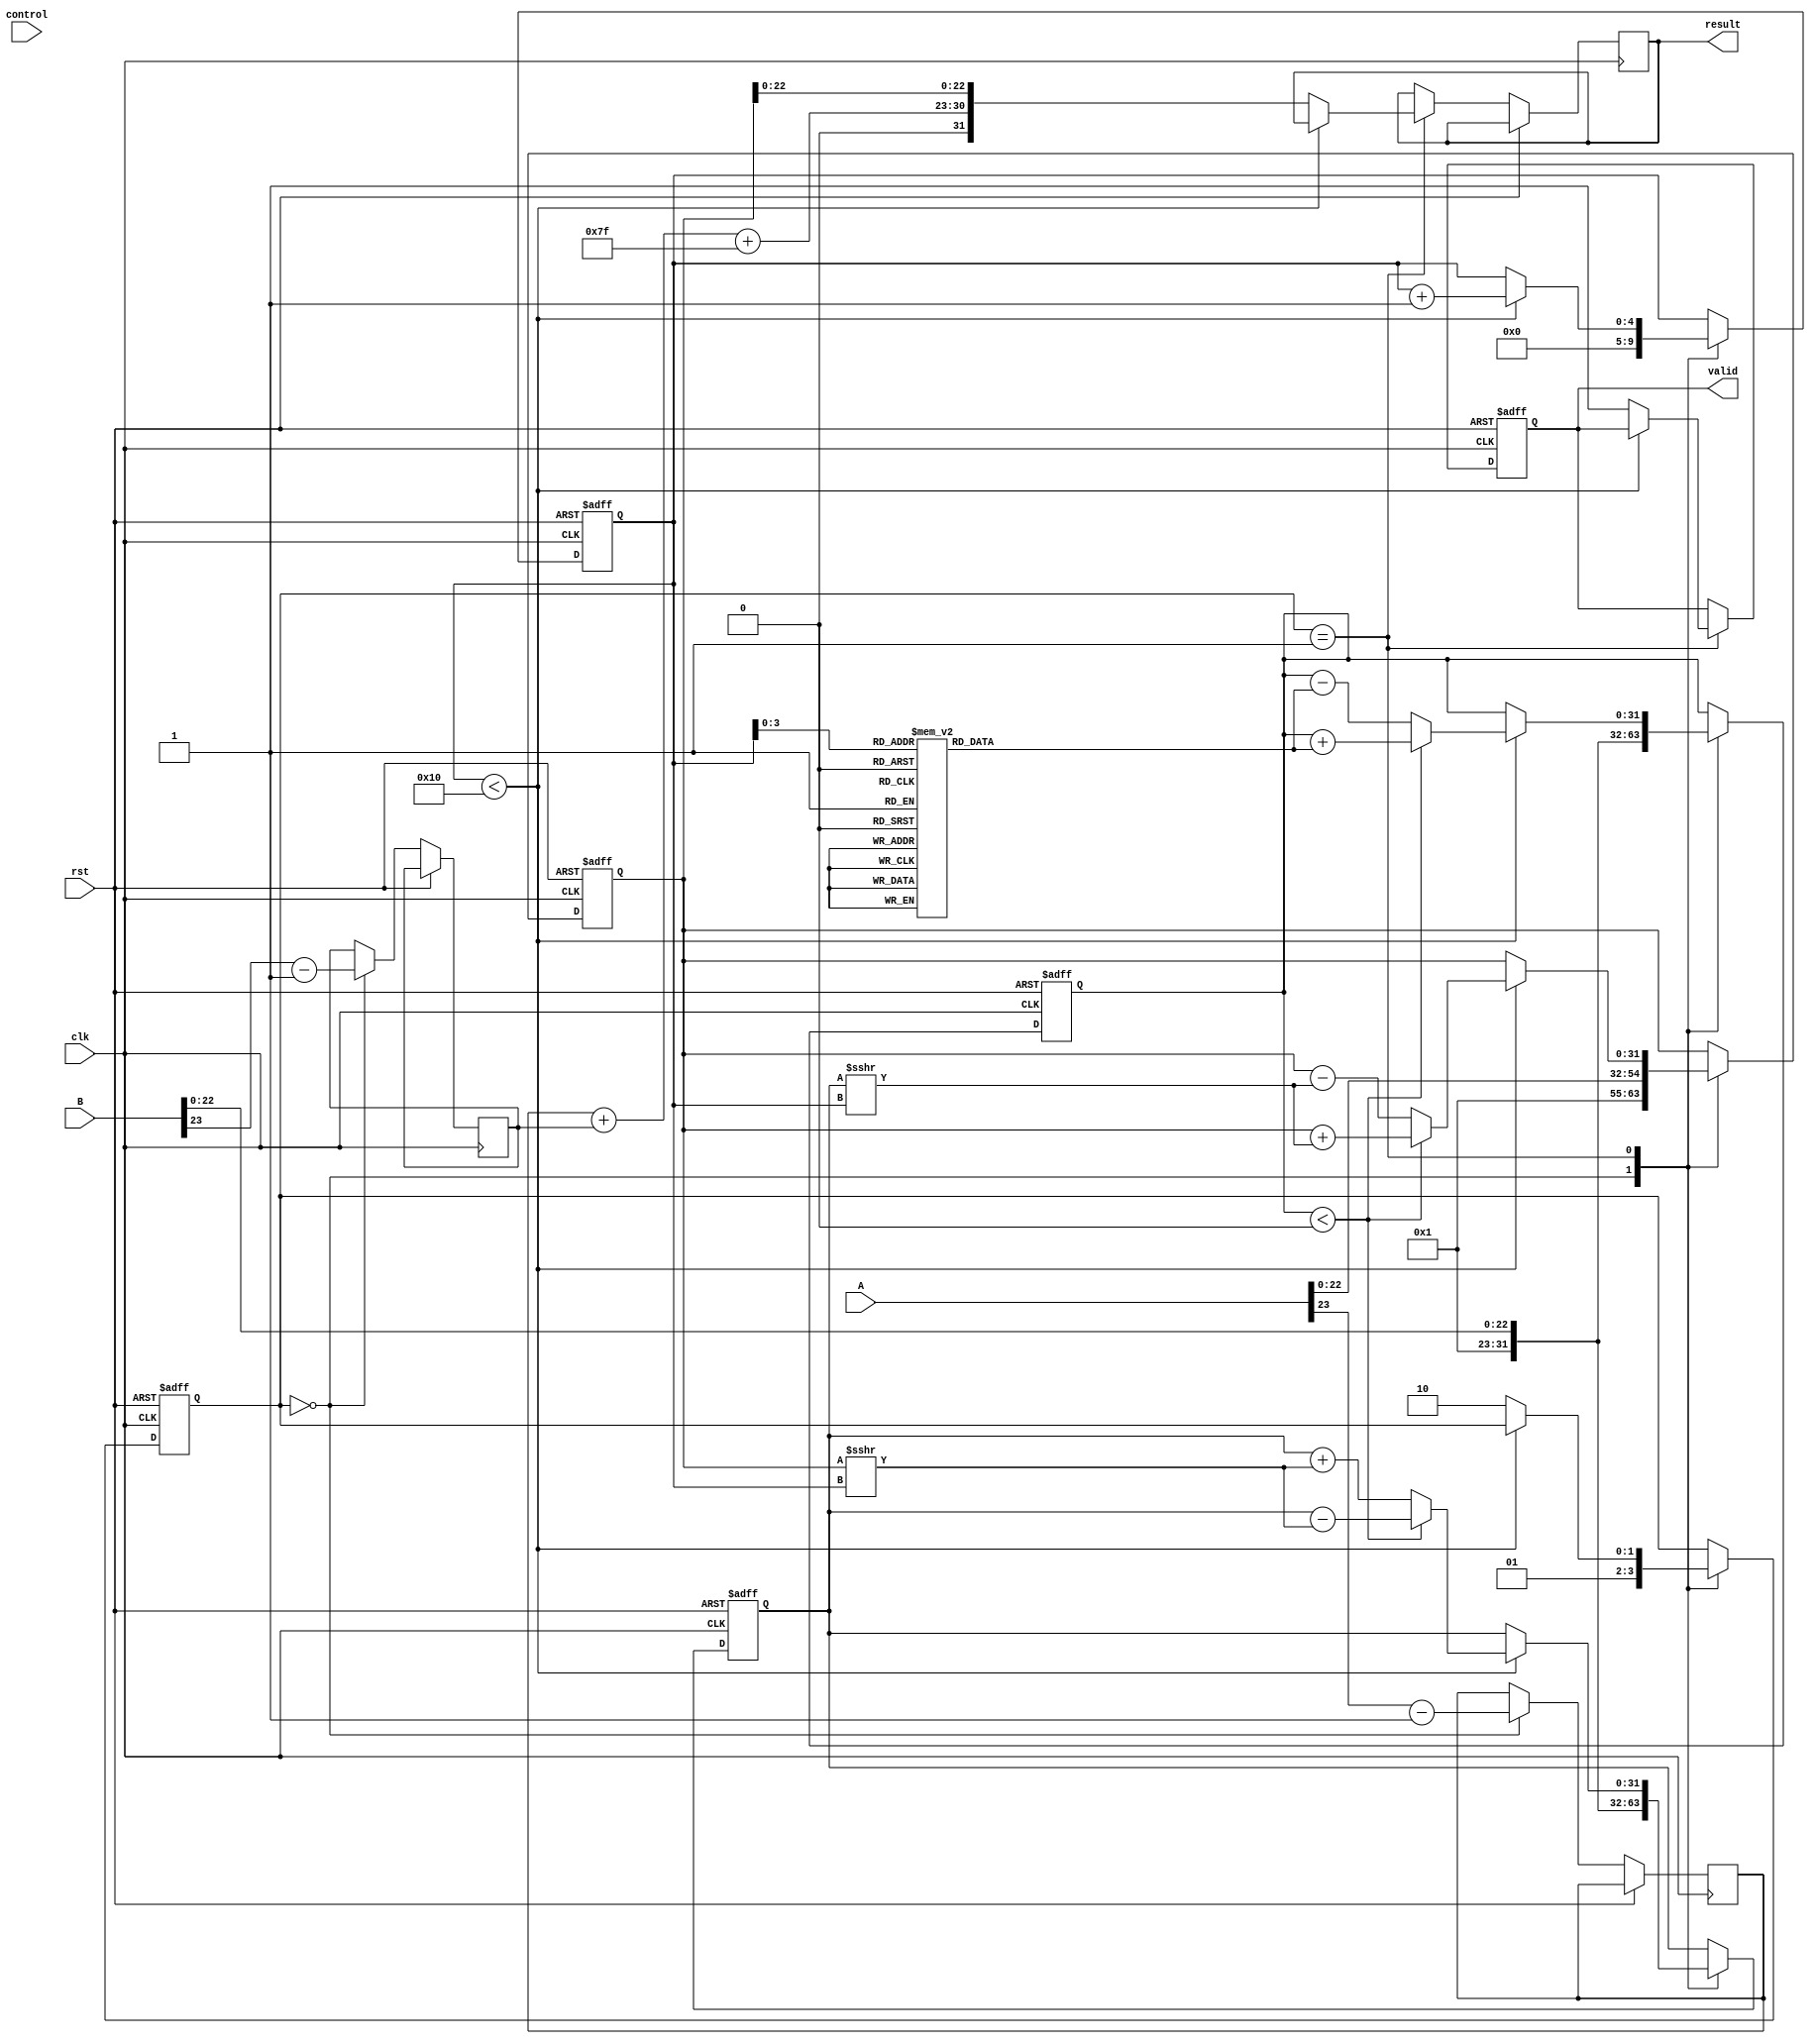
module cordic_floating_point (
    input wire clk,
    input wire rst,
    input wire [31:0] A, // Operand A (floating-point, single precision)
    input wire [31:0] B, // Operand B (floating-point, single precision)
    input wire [2:0] control, // Control signal for operation
    output reg [31:0] result, // Result (floating-point, single precision)
    output reg valid // Result valid flag
);
    
    // CORDIC parameters
    localparam NUM_ITERATIONS = 16;
    
    // Registers for CORDIC processing
    reg signed [31:0] x, y, z;
    reg signed [31:0] x_temp, y_temp;
    reg [NUM_ITERATIONS-1:0] angle_table [0:NUM_ITERATIONS-1]; // Rotation angle table
    reg [4:0] iteration; // Iteration counter
    reg [1:0] state; // State machine for operation
    
    // Initial angle table (in fixed-point representation)
    initial begin
        angle_table[0] = 32'h26DD3B6A; // atan(2^0) in radians
        angle_table[1] = 32'h1C71C71C; // atan(2^-1)
        angle_table[2] = 32'h1715D4D4; // atan(2^-2)
        // ...
        angle_table[15] = 32'h00000000; // atan(2^-15)
    end
    
    // Floating-point normalization and unpacking
    task normalize;
        input [31:0] in;
        output reg signed [31:0] mantissa;
        output reg [7:0] exponent;
        output reg sign;
        begin
            sign = in[31];
            exponent = in[30:23] - 127; // Remove bias
            mantissa = {1'b1, in[22:0]}; // Implicit leading 1
        end
    endtask
    
    // CORDIC algorithm implementation
    always @(posedge clk or posedge rst) begin
        if (rst) begin
            x <= 32'h00000000; // Initialize x
            y <= 32'h00000000; // Initialize y
            z <= 32'h00000000; // Initialize z
            iteration <= 0;
            valid <= 0;
            state <= 0;
        end else begin
            case (state)
                0: begin // Initialization and normalization
                    normalize(A, x, exponentA, signA);
                    normalize(B, y, exponentB, signB);
                    z <= y; // Set initial angle to B
                    iteration <= 0;
                    state <= 1; // Move to CORDIC computation
                end
                1: begin // CORDIC computation
                    if (iteration < NUM_ITERATIONS) begin
                        if (z < 0) begin
                            x_temp = x + (y >>> iteration);
                            y_temp = y - (x >>> iteration);
                            z <= z + angle_table[iteration];
                        end else begin
                            x_temp = x - (y >>> iteration);
                            y_temp = y + (x >>> iteration);
                            z <= z - angle_table[iteration];
                        end
                        x <= x_temp;
                        y <= y_temp;
                        iteration <= iteration + 1;
                    end else begin
                        result <= {signA, exponentA + exponentB + 127, x[22:0]}; // Combine results
                        valid <= 1; // Result is valid
                        state <= 2; // Move to idle state
                    end
                end
                2: begin // Idle, wait for next operation
                    // Reset state or handle new inputs
                end
            endcase
        end
    end
endmodule